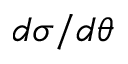
d \sigma / d \theta